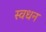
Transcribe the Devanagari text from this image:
स्वधन